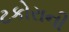
ટકોરાની